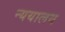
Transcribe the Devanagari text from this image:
न्ययालय